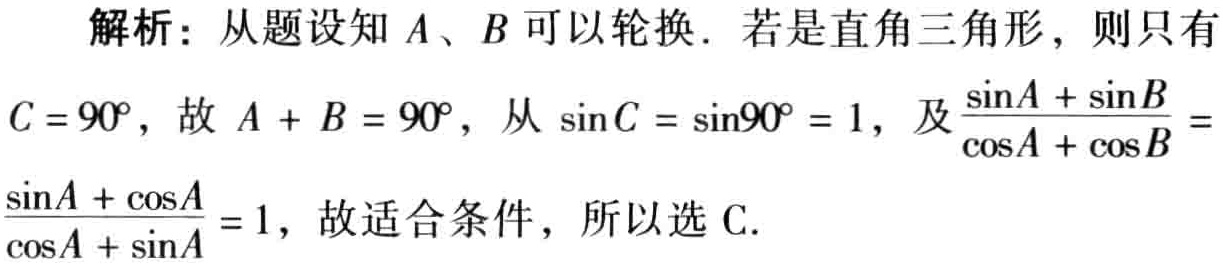
解析：从题设知 \(A、B\) 可以轮换．若是直角三角形，则只有 \(C = 90^{\circ}\)，故 \(A + B = 90^{\circ}\)，从 \(\sin C=\sin90^{\circ}=1\)，及 \(\frac{\sin A + \sin B}{\cos A+\cos B}=\frac{\sin A+\cos A}{\cos A+\sin A}=1\)，故适合条件，所以选 C.